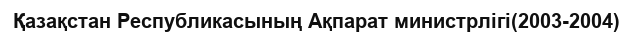
Қазақстан Республикасының Ақпарат министрлігі(2003-2004)